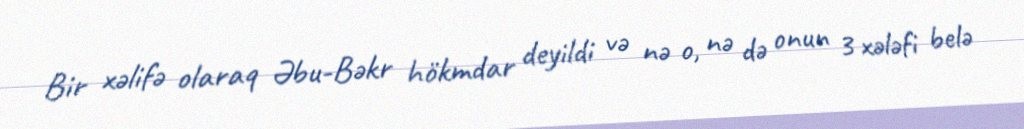
Bir xəlifə olaraq Əbu-Bəkr hökmdar deyildi və nə o, nə də onun 3 xələfi belə